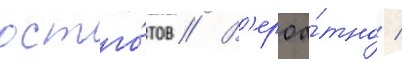
остго́тов // В'ероа́тно /